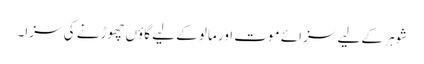
شوہر کے لیے سزائے موت اور مالو کے لیے گاؤں چھوڑنے کی سزا۔